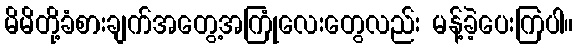
မိမိတို့ခံစားချက်အတွေ့အကြုံလေးတွေလည်း မန့်ခဲ့ပေးကြပါ။